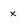
Character: x